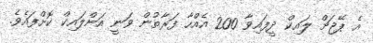
އެ ޕޭޖަށް ލައިކް ދީފައިވާ 200 އެއްހާ ފަރާތުން ވަނީ އަންލައިކް ކޮށްފައެވެ.